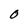
Character: O